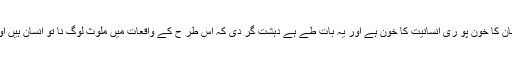
داعش کو علم ہونا چاہئیے کہ ایک انسان کا خون پو ری انسانیت کا خون ہے اور یہ بات طے ہے دہشت گر دی کہ اس طر ح کے واقعات میں ملوث لوگ نا تو انسان ہیں اور نا ہی ان کو کو ئی مذہب ہو تا ہے ۔